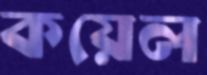
কয়েল